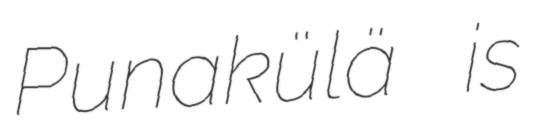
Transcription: Punakülä is